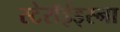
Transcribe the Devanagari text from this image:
स्टेरॉईड्स्ना